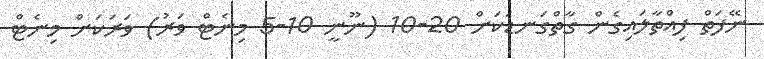
ނޭފަތް ފިއްތާލައިގެން ގާތްގަނޑަކަށް 20-10 (ނޫނީ 10-5 މިނެޓް ވަރު) ވަރަކަށް މިނެޓް